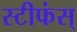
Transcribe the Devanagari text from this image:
स्टीफंस्